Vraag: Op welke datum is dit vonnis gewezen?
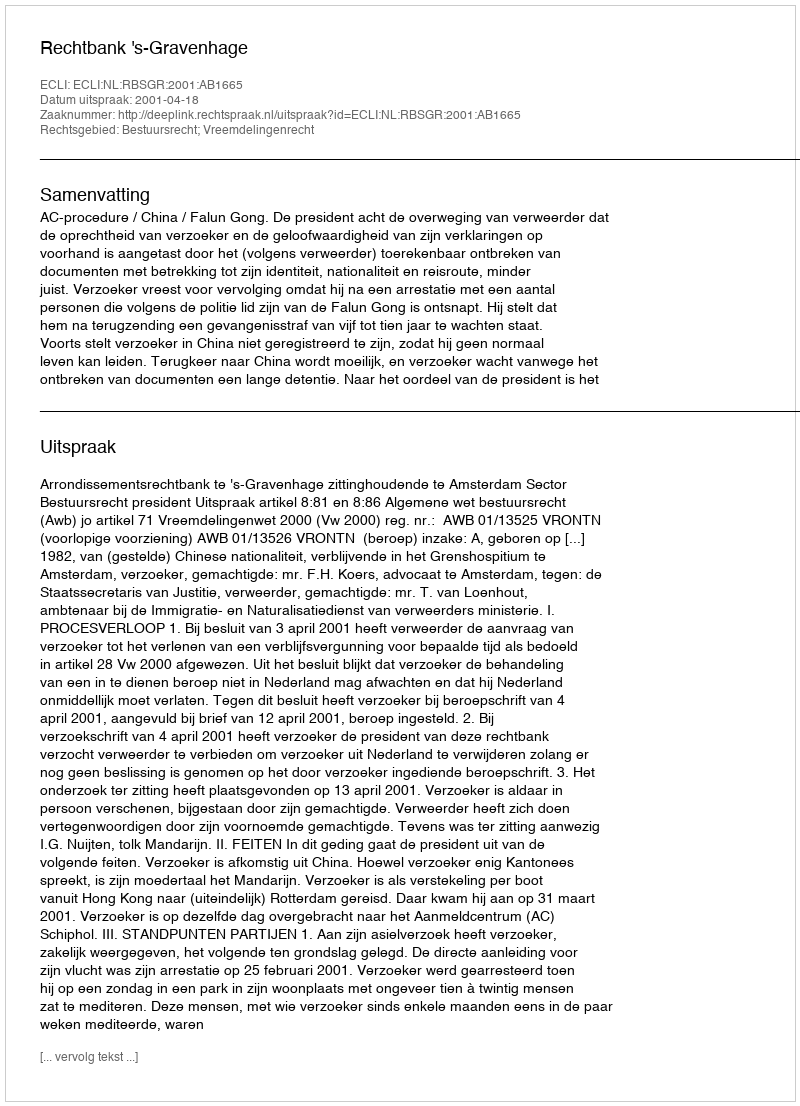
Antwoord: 2001-04-18